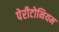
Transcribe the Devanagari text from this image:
पेरीटोनियम